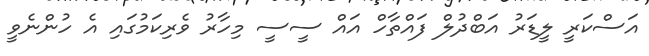
އަސްކަރީ ލީޑަރު އަބްދުލް ފައްތާހް އައް ސީސީ މިހާރު ވެރިކަމުގައި އެ ހުންނެވީ